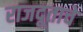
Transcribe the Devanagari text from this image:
राजदूताचे